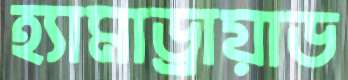
হ্যামাড্রায়াড